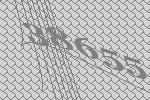
38655